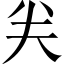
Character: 𠔉